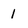
Character: 1